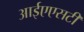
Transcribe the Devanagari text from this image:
आईएएसटी